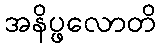
အနိပ္ဖလောတိ